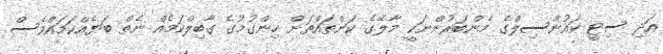
އަދި ސިޓީ ކައުންސިލްގެ މެންބަރުންނަކީ މާލޭގެ ކަންތައްތަށް ހިންގުމުގެ ގާބިލްކަމެއް ނެތް ބަޔެއްކަމައްވެސް